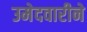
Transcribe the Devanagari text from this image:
उमेदवारीने